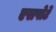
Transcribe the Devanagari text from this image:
एसपोर्टे